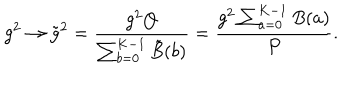
g ^ { 2 } \rightarrow \tilde { g } ^ { 2 } = { \frac { g ^ { 2 } Q } { \sum _ { b = 0 } ^ { K - 1 } \tilde { B } ( b ) } } = { \frac { g ^ { 2 } \sum _ { a = 0 } ^ { K - 1 } B ( a ) } { P } } .